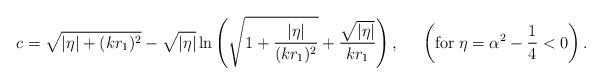
LaTeX: \begin{align*}c = \sqrt{ |\eta| + (kr_{1})^{2} } - \sqrt{|\eta|} \ln \left(\sqrt{ 1 + \frac{|\eta|}{(kr_{1})^{2}} } +\frac{\sqrt{|\eta|}}{kr_{1}} \right), \;\;\;\;\; \left( {\rm for}\; \eta = \alpha^{2} - \frac{1}{4} < 0 \right).\end{align*}